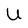
Character: U